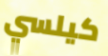
كيلسي